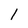
Character: 1